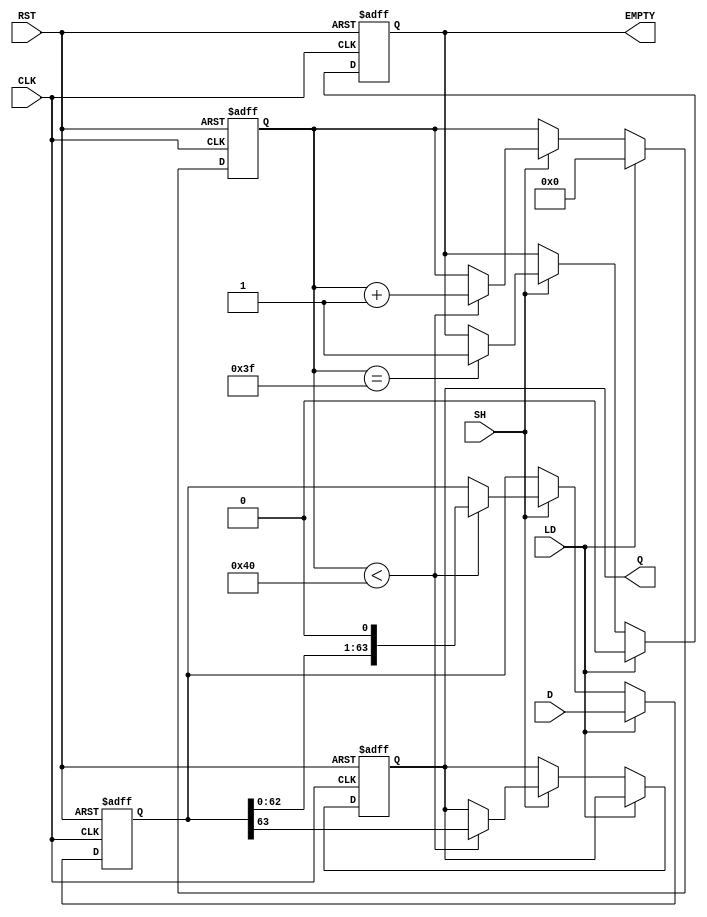
module PISO_64bit (
    input wire [63:0] D,      // 64-bit input data bus
    input wire LD,            // Load control signal
    input wire SH,            // Shift control signal
    input wire CLK,           // Clock signal
    input wire RST,           // Asynchronous reset
    output reg Q,             // Serial output bit
    output reg EMPTY          // Empty signal
);

reg [63:0] shift_reg;        // 64-bit shift register
reg [6:0] count;             // 7-bit counter to track shifted bits

// Asynchronous reset
always @(posedge CLK or posedge RST) begin
    if (RST) begin
        shift_reg <= 64'b0;   // Clear shift register
        count <= 7'b0;        // Reset count
        Q <= 1'b0;            // Clear serial output
        EMPTY <= 1'b1;        // Indicate register is empty
    end else begin
        if (LD) begin
            shift_reg <= D;    // Load data into shift register
            count <= 7'b0;     // Reset count upon loading
            EMPTY <= 1'b0;     // Register is not empty after loading
        end else if (SH) begin
            if (count < 64) begin
                Q <= shift_reg[63]; // Output the MSB
                shift_reg <= {shift_reg[62:0], 1'b0}; // Shift left
                count <= count + 1; // Increment counter
            end
            if (count == 63) begin
                EMPTY <= 1'b1; // All bits shifted out, register is empty
            end
        end
    end
end

endmodule